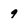
Character: 9